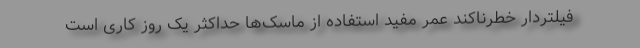
فیلتردار خطرناکند عمر مفید استفاده از ماسک‌ها حداکثر یک روز کاری است